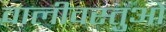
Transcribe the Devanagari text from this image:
वालीवस्तुओं